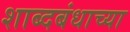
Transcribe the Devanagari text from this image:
शाब्दबंधाच्या